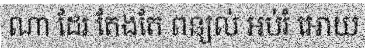
ណា ដែរ តែងតែ ពន្យល់ អប់រំ អោយ